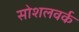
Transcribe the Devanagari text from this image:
सोशलवर्क